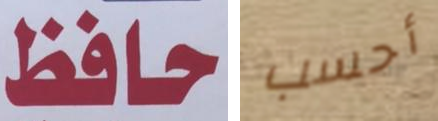
حافظ أحسب